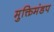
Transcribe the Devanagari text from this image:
मुक्तिमंडप